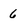
Character: 6